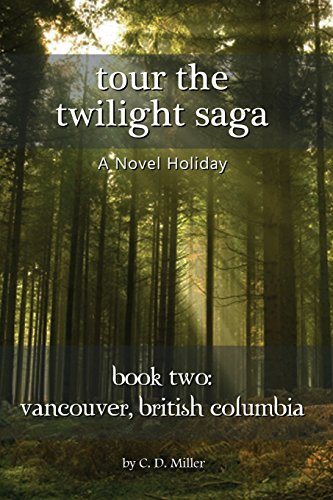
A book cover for Tour the Twilight Saga Book Two: Vancouver, British Columbia; Charly D. Miller; Travel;